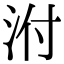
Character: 泭